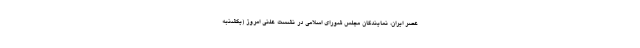
عصر ایران، نمایندگان مجلس شورای اسلامی در نشست علنی امروز (یکشنبه